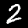
Label: 2